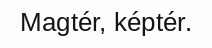
Magtér, képtér.